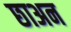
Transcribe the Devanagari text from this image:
छाअन